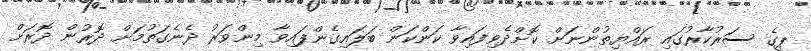
ޕީގެ ސަރުކާރުގައި ރައްޔިތުންނަށް ކޮށްދެވިފައިވާ ކަންކަން ބަލައިގެންފައިވާ މިންވަރު ދެނެގަތުމަށް ދޮރުން ދޮރަށް